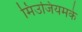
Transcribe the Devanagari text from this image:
मिउजियमके